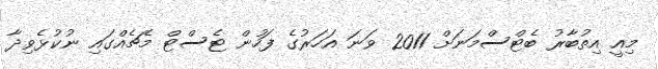
މިއީ އިތުބާރު ބެޓްސްމަނަށް 2011 ވަނަ އަހަރުގެ ފަހުން ޓެސްޓް މެޗެއްގައި ނުކުޅެވިދާ